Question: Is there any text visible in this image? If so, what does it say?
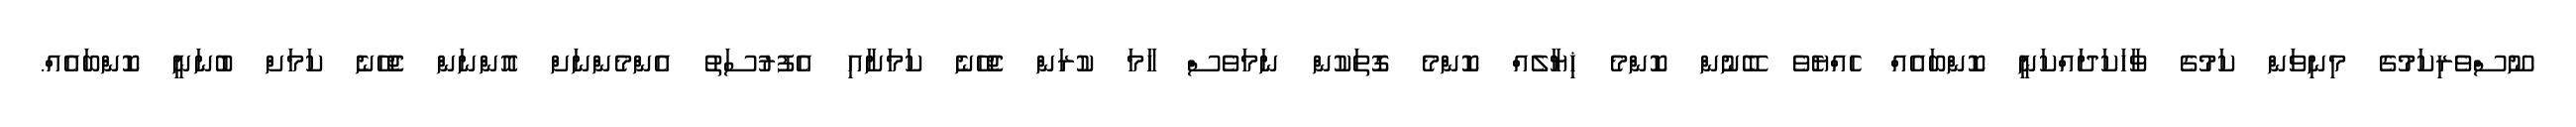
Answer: ނޫސްވެރިކަމުގެ މިނިވަން ކަމުގެ ވާހަކަދައްކަނީ ކޮންބައެއް ހެއްޔެވެ ބޭނުން ކޮންމެ ޚިޔާލެއް ކޮންމެ ގޮތަކުން ނަމަވެސް ހާމަ ކުރަން ޖެހޭނެ ކަމަށާއި އެފުރުސަތު އެންމެންނަށް އޮންނަން ޖެހޭނެ ކަމަށް ބުނަނީ ކޮންބައެއް.